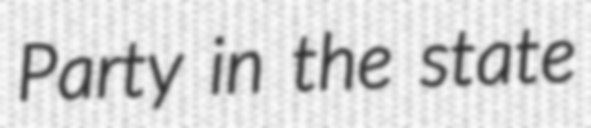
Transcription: Party in the state